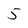
Character: 5